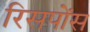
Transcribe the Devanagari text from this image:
रिसपोंस